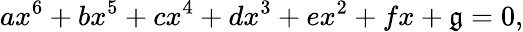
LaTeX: ax^{6}+bx^{5}+cx^{4}+dx^{3}+ex^{2}+fx+\mathfrak{g}=0,